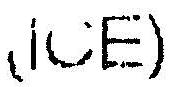
(ICE)